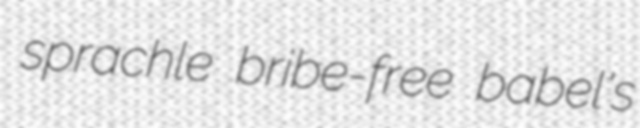
sprachle bribe-free babel's